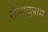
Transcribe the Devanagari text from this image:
सैन्यदलास